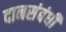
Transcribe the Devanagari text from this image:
दानसंबंधी